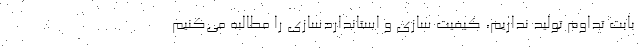
بابت تداوم تولید نداریم، کیفیت سازی و استانداردسازی را مطالبه می‌کنیم